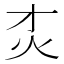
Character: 𰝸